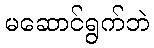
မဆောင်ရွက်ဘဲ